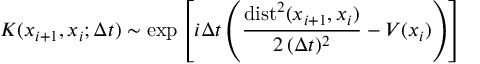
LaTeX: K ( x _ { i + 1 } , x _ { i } ; \Delta t ) \sim \exp \left[ i \Delta t \left( \frac { \mathrm { d i s t } ^ { 2 } ( x _ { i + 1 } , x _ { i } ) } { 2 \, ( \Delta t ) ^ { 2 } } - V ( x _ { i } ) \right) \right]